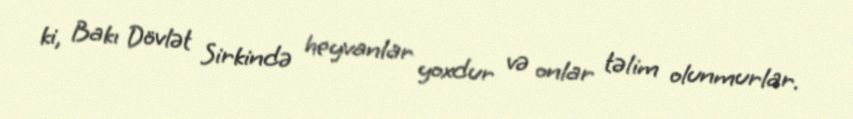
ki, Bakı Dövlət Sirkində heyvanlar yoxdur və onlar təlim olunmurlar.